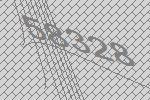
58328